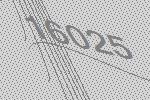
16025